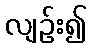
လျဉ်း၍